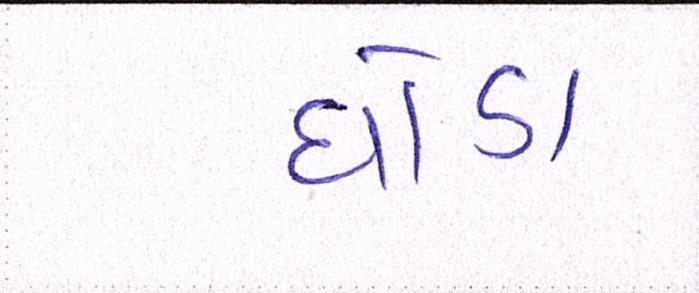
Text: ઘોડા